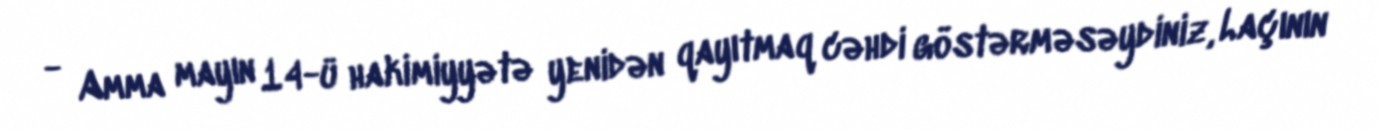
- Amma mayın 14-ü hakimiyyətə yenidən qayıtmaq cəhdi göstərməsəydiniz, Laçının